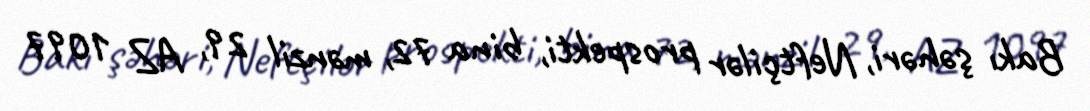
Bakı şəhəri, Neftçilər prospekti, bina 72, mənzil 29, AZ 1097